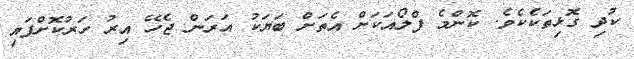
ކުދި ގޮޅިތަކެކެވެ. ކޮންމެ ފްލޯއަކަށް އެތަށް ބަޔަކު އަރަން ޖެހޭ އިރު ހަރުކޮށްފައި